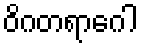
ဝိဂတရာဂေါ